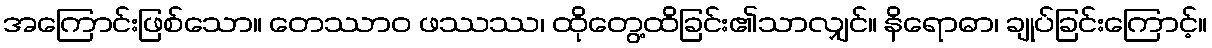
အကြောင်းဖြစ်သော။ တေဿာဝ ဖဿဿ၊ ထိုတွေ့ထိခြင်း၏သာလျှင်။ နိရောဓာ၊ ချုပ်ခြင်းကြောင့်။